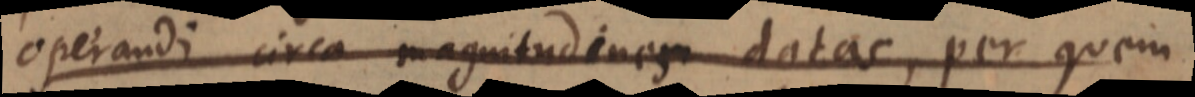
operandi circa magnitudinem datas, per quem